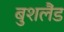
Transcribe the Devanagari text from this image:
बुशलैंड